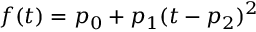
f ( t ) = p _ { 0 } + p _ { 1 } ( t - p _ { 2 } ) ^ { 2 }